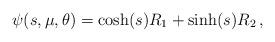
LaTeX: \begin{align*}\psi(s,\mu,\theta)=\cosh(s) R_1+\sinh(s) R_2\,,\end{align*}